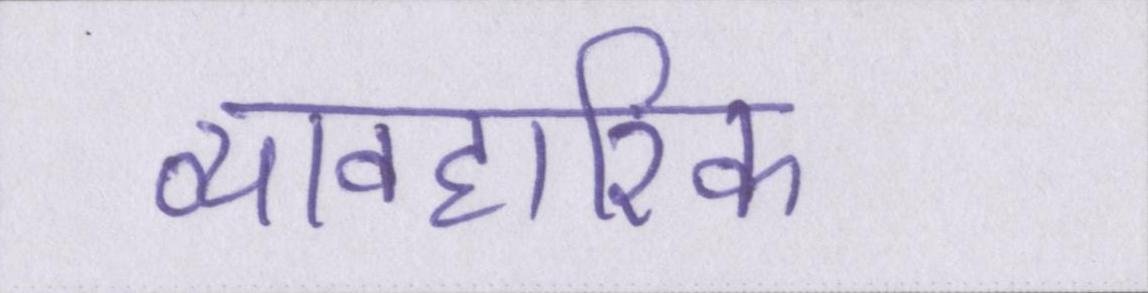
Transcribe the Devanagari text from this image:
व्यावहारिक